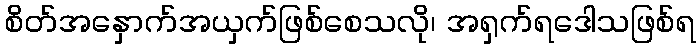
စိတ်အနှောက်အယှက်ဖြစ်စေသလို၊ အရှက်ရဒေါသဖြစ်ရ